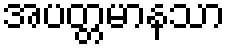
အပတ္တမာနသာ